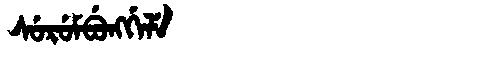
Manchu: ᠰᡠᡵᡠᠮᠪᡠᠩᡤᡝᠯᡝ
Romanization: SURUMBUNGGELE